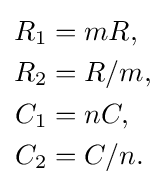
{\begin{aligned}R_{1}&=mR,\\R_{2}&=R/m,\\C_{1}&=nC,\\C_{2}&=C/n.\end{aligned}}